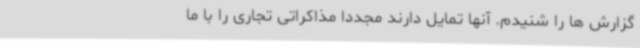
گزارش ها را شنیدم. آنها تمایل دارند مجددا مذاکراتی تجاری را با ما